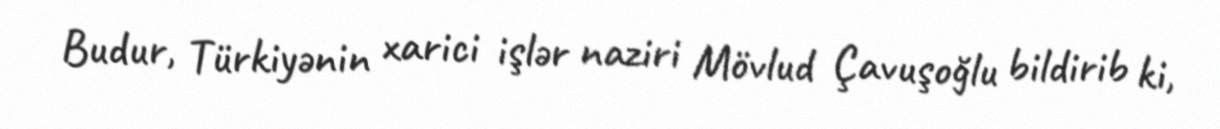
Budur, Türkiyənin xarici işlər naziri Mövlud Çavuşoğlu bildirib ki,